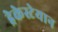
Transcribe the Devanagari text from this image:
ड्रेकेस्टेयान